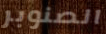
الصنوبر